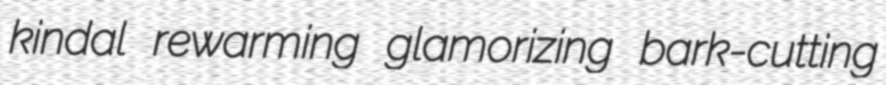
kindal rewarming glamorizing bark-cutting